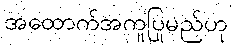
အထောက်အကူပြုမည်ဟု